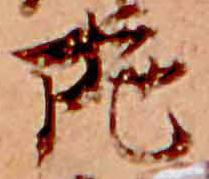
陀